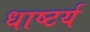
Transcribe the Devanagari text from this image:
धाष्टर्य